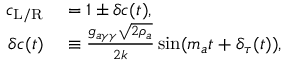
\begin{array} { r l } { c _ { \mathrm { L } / \mathrm { R } } } & { { } = 1 \pm \delta c ( t ) , } \\ { \delta c ( t ) } & { { } \equiv \frac { g _ { a \gamma \gamma } \sqrt { 2 \rho _ { a } } } { 2 k } \sin ( m _ { a } t + \delta _ { \tau } ( t ) ) , } \end{array}